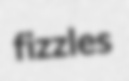
fizzles